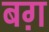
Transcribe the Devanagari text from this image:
बग़